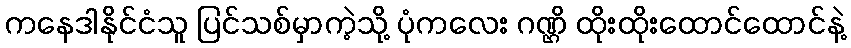
ကနေဒါနိုင်ငံသူ ပြင်သစ်မှာကဲ့သို့ ပုံကလေး ဂဏ္ဌိ ထိုးထိုးထောင်ထောင်နဲ့